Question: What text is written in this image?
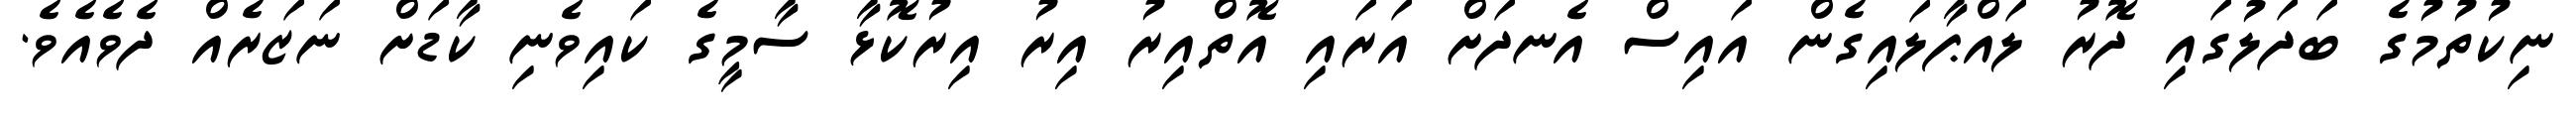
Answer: ނިކުތުމުގެ ބަދަލުގައި ދޮރު ލައްޕާލައިގެން އައިސް އެނދަށް އަރައި އޮތްއިރު އިރު އިރުކޮޅާ ސާމީގެ ކައިވެނި ކާޑަށް ނަޒަރެއް ދެވެއެވެ.